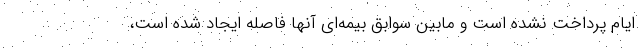
ایام پرداخت نشده است و مابین سوابق بیمه‌ای آنها فاصله ایجاد شده است،